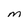
Character: M